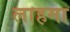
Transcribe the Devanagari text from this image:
लाहमा